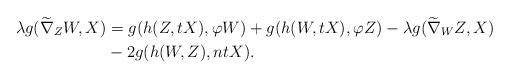
LaTeX: \begin{align*}\lambda g(\widetilde\nabla_{Z}W, X) &= g(h(Z,tX), \varphi W)+g(h(W, tX), \varphi Z)-\lambda g(\widetilde\nabla_{W}Z, X) \\ &-2g(h(W,Z), ntX). \end{align*}